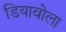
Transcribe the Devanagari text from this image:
डियावोला